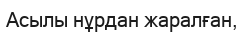
Асылы нұрдан жаралған,